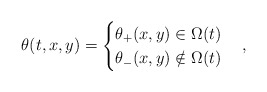
\begin{align*}\theta(t, x, y) = \begin{cases} \theta_+ (x, y) \in \Omega(t) \\ \theta_- (x, y) \notin \Omega(t)\end{cases},\end{align*}